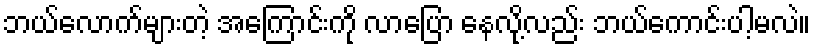
ဘယ်လောက်များတဲ့ အကြောင်းကို လာပြော နေလို့လည်း ဘယ်ကောင်းပါ့မလဲ။